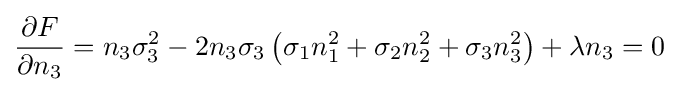
{\frac {\partial F}{\partial n_{3}}}=n_{3}\sigma _{3}^{2}-2n_{3}\sigma _{3}\left(\sigma _{1}n_{1}^{2}+\sigma _{2}n_{2}^{2}+\sigma _{3}n_{3}^{2}\right)+\lambda n_{3}=0